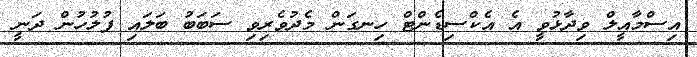
އިސްމާއީލް ވިދާޅުވީ އެ އެކްސިޑެންޓް ހިނގަން މެދުވެރިވި ސަބަބު ބަލައި ފުލުހުން ދަނީ